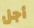
أجل